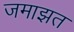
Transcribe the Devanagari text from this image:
जमाझत